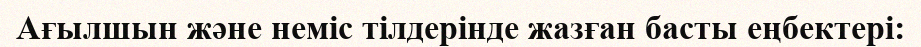
Ағылшын және неміс тілдерінде жазған басты еңбектері: